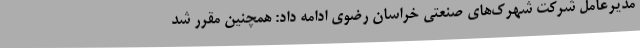
مدیرعامل شرکت شهرک‌های صنعتی خراسان رضوی ادامه داد: همچنین مقرر شد